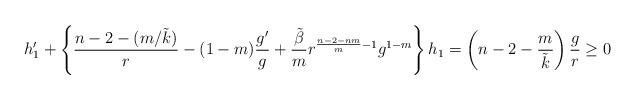
LaTeX: \begin{align*}h_1'+\left\{\frac{n-2-(m/\tilde k)}{r}-(1-m)\frac{g'}{g}+\frac{\tilde\beta}{m}r^{\frac{n-2-nm}{m}-1}g^{1-m}\right\}h_1=\left(n-2-\frac{m}{\tilde k}\right)\frac{g}{r}\geq0\end{align*}